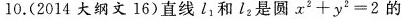
10.(2014大纲文16)直线l_{1}和l_{2}是圆$$x ^ { 2 } + y ^ { 2 } = 2$$的